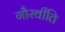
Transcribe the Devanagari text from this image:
गौरवीति